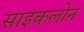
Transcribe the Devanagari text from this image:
साइकलोन